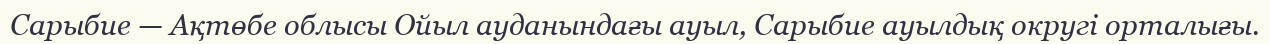
Сарыбие — Ақтөбе облысы Ойыл ауданындағы ауыл, Сарыбие ауылдық округі орталығы.